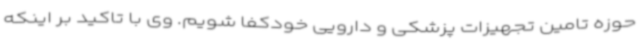
حوزه تامین تجهیزات پزشکی و دارویی خودکفا شویم. وی با تاکید بر اینکه